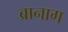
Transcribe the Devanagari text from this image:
ब्रानाग